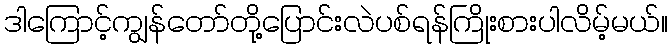
ဒါကြောင့်ကျွန်တော်တို့ပြောင်းလဲပစ်ရန်ကြိုးစားပါလိမ့်မယ်။